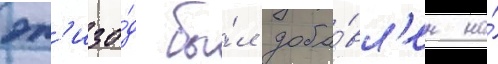
эп'изо́д бы́л доба́вл'ен на́